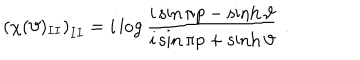
\left( \chi ( \vartheta ) _ { I I } \right) _ { I I } = i \log \frac { i \sin \pi p - \sinh \vartheta } { i \sin \pi p + \sinh \vartheta } \, \, .